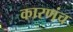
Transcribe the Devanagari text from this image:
कारणंच